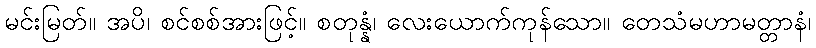
မင်းမြတ်။ အပိ၊ စင်စစ်အားဖြင့်။ စတုန္နံ၊ လေးယောက်ကုန်သော။ တေသံမဟာမတ္တာနံ၊